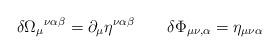
LaTeX: \begin{align*}\delta \Omega_\mu{}^{\nu\alpha\beta} = \partial_\mu\eta^{\nu\alpha\beta} \qquad \delta \Phi_{\mu\nu,\alpha} =\eta_{\mu\nu\alpha}\end{align*}